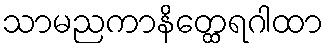
သာမညကာနိတ္ထေရဂါထာ